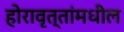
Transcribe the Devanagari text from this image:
होरावृत्तांमधील